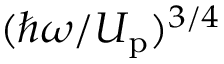
( \hbar \omega / U _ { \mathrm { p } } ) ^ { 3 / 4 }